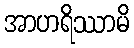
အာဟရိဿာမိ